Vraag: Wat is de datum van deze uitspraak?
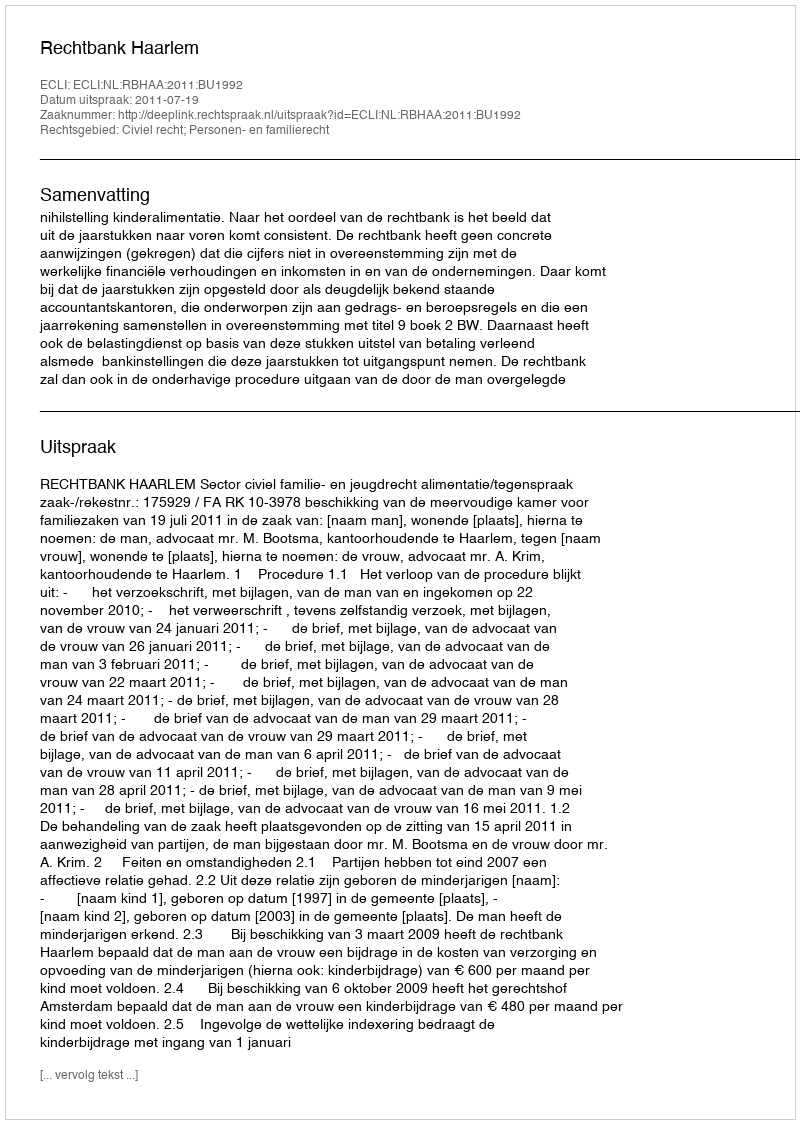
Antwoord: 2011-07-19